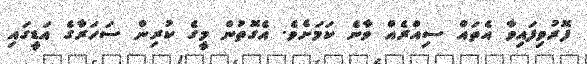
ފޮރުވިފައިވާ އެތައް ސިއްރެއް ވާނެ ކަމަށެވެ. އެގޮތުން މީގެ ކުރިން ސަހަރާގެ އަޑީގައި